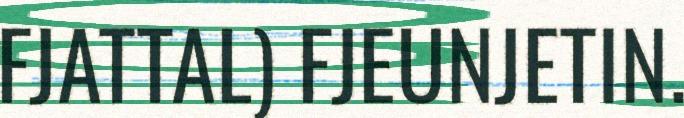
FJATTAL) FJEUNJETIN.